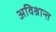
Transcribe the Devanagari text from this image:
अविश्रान्त